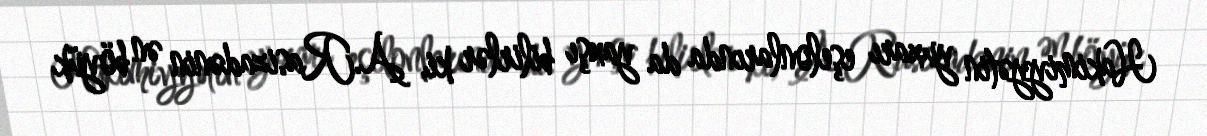
Hakimiyyətin yuxarı eşelonlarında da yaxşı bilirlər ki, A.Rasizadənin ən böyük